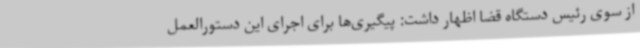
از سوی رئیس دستگاه قضا اظهار داشت: پیگیری‌ها برای اجرای این دستورالعمل